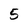
Character: 5